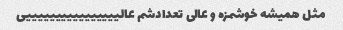
مثل همیشه خوشمزه و عالی تعدادشم عالییییییییییییییییی